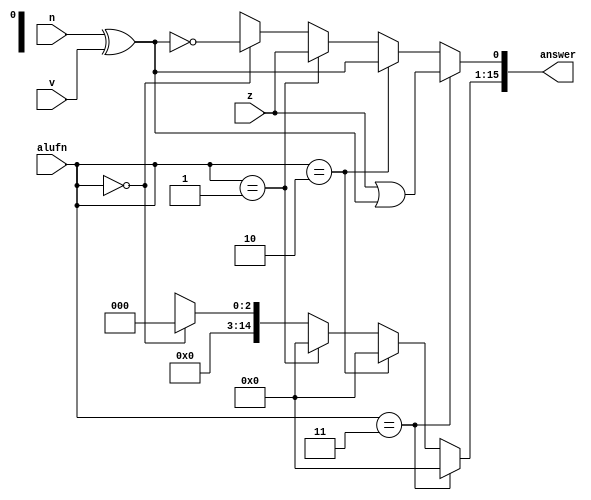
/*
   This file was generated automatically by Alchitry Labs version 1.1.6.
   Do not edit this file directly. Instead edit the original Lucid source.
   This is a temporary file and any changes made to it will be destroyed.
*/

module comp_10 (
    input z,
    input v,
    input n,
    input [1:0] alufn,
    output reg [15:0] answer
  );
  
  
  
  always @* begin
    answer = 4'bxxxx;
    if (alufn == 2'h0) begin
      answer = 16'h0000;
      answer[0+0-:1] = ~(n ^ v);
    end
    if (alufn == 2'h1) begin
      answer = 16'h0000;
      answer[0+0-:1] = z;
    end
    if (alufn == 2'h2) begin
      answer = 16'h0000;
      answer[0+0-:1] = (n ^ v);
    end
    if (alufn == 2'h3) begin
      answer = 16'h0000;
      answer[0+0-:1] = z | (n ^ v);
    end
  end
endmodule